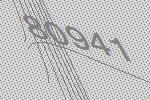
80941